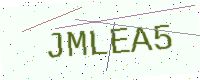
Text: JMLEA5